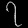
Digit: ၇